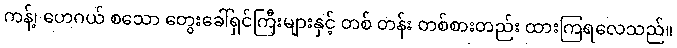
ကန့်၊ ဟေဂယ် စသော တွေးခေါ်ရှင်ကြီးများနှင့် တစ် တန်း တစ်စားတည်း ထားကြရလေသည်။